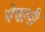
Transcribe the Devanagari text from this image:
पेषानी